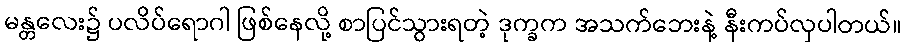
မန္တလေး၌ ပလိပ်ရောဂါ ဖြစ်နေလို့ စာပြင်သွားရတဲ့ ဒုက္ခက အသက်ဘေးနဲ့ နီးကပ်လှပါတယ်။